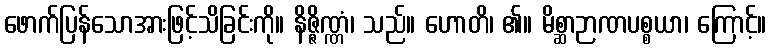
ဖောက်ပြန်သောအားဖြင့်သိခြင်းကို။ နိဇ္ဇိဏ္ဏံ၊ သည်။ ဟောတိ၊ ၏။ မိစ္ဆာဉာဏပစ္စယာ၊ ကြောင့်။